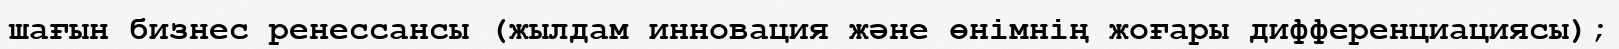
шағын бизнес ренессансы (жылдам инновация және өнімнің жоғары дифференциациясы);